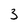
Character: 3